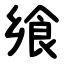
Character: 飨